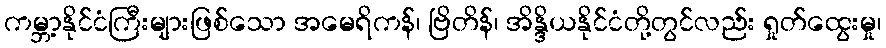
ကမ္ဘာ့နိုင်ငံကြီးများဖြစ်သော အမေရိကန်၊ ဗြိတိန်၊ အိန္ဒိယနိုင်ငံတို့တွင်လည်း ရှုတ်ထွေးမှု၊